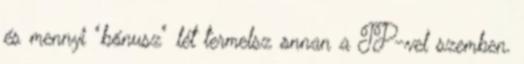
és mennyi "bónusz" lét termelsz onnan a TP-vel szemben.